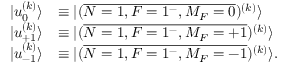
\begin{array} { r l } { | u _ { 0 } ^ { ( k ) } \rangle } & { \equiv | ( \overline { { N = 1 , F = 1 ^ { - } , M _ { F } = 0 } } ) ^ { ( k ) } \rangle } \\ { | u _ { + 1 } ^ { ( k ) } \rangle } & { \equiv | ( \overline { { N = 1 , F = 1 ^ { - } , M _ { F } = + 1 } } ) ^ { ( k ) } \rangle } \\ { | u _ { - 1 } ^ { ( k ) } \rangle } & { \equiv | ( \overline { { N = 1 , F = 1 ^ { - } , M _ { F } = - 1 } } ) ^ { ( k ) } \rangle . } \end{array}